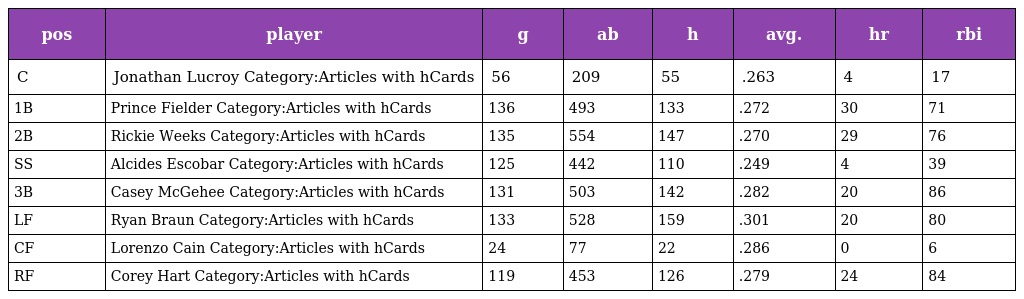
| pos | player | g | ab | h | avg. | hr | rbi |
 | --- | --- | --- | --- | --- | --- | --- | --- |
 | C | Jonathan Lucroy Category:Articles with hCards | 56 | 209 | 55 | .263 | 4 | 17 |
 | 1B | Prince Fielder Category:Articles with hCards | 136 | 493 | 133 | .272 | 30 | 71 |
 | 2B | Rickie Weeks Category:Articles with hCards | 135 | 554 | 147 | .270 | 29 | 76 |
 | SS | Alcides Escobar Category:Articles with hCards | 125 | 442 | 110 | .249 | 4 | 39 |
 | 3B | Casey McGehee Category:Articles with hCards | 131 | 503 | 142 | .282 | 20 | 86 |
 | LF | Ryan Braun Category:Articles with hCards | 133 | 528 | 159 | .301 | 20 | 80 |
 | CF | Lorenzo Cain Category:Articles with hCards | 24 | 77 | 22 | .286 | 0 | 6 |
 | RF | Corey Hart Category:Articles with hCards | 119 | 453 | 126 | .279 | 24 | 84 |